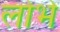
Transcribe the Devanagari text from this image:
लोभे